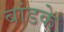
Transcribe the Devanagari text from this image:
बांडके